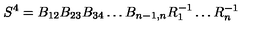
S ^ { 4 } = B _ { 1 2 } B _ { 2 3 } B _ { 3 4 } \dots B _ { n - 1 , n } R _ { 1 } ^ { - 1 } \dots R _ { n } ^ { - 1 }